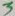
Text: 3